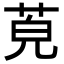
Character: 𦯜